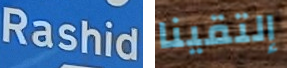
Rashid إلتقينا